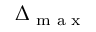
\Delta _ { \textrm { m a x } }